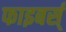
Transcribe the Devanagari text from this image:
फाइबर्स्